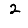
Digit: 2